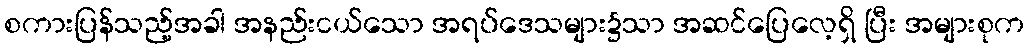
စကားပြန်သည့်အခါ အနည်းငယ်သော အရပ်ဒေသများ၌သာ အဆင်ပြေလေ့ရှိ ပြီး အများစုက